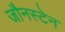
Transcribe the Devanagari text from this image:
जौनस्टेन